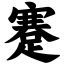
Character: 蹇